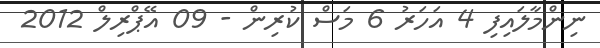
ނިންމާލައިފި 4 އަހަރު 6 މަސް ކުރިން - 09 އޭޕްރިލް 2012